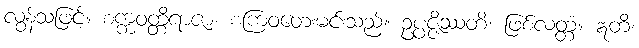
လွန်သဖြင့်။ စက္ကဝတ္တိရာဇာ၊ စကြဝတေးမင်းသည်။ ဥပ္ပဇ္ဇိဿတိ၊ ဖြစ်လတ္တံ့။ ဣတိ၊